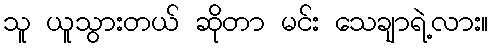
သူ ယူသွားတယ် ဆိုတာ မင်း သေချာရဲ့လား။